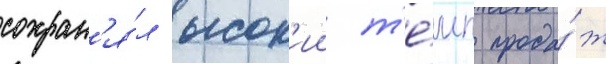
сохран'я́л высок'ии т'е́мп прода́ж